Civil Veterinary Dept. Bombay admin report 1907-1913 - 1907-1913
Year: 1907
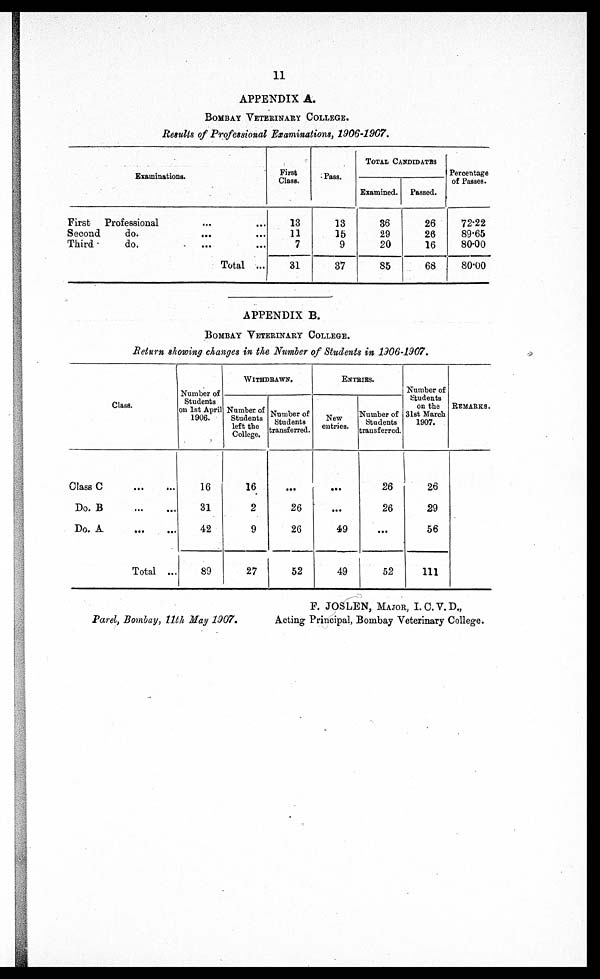
11
APPENDIX A.
BOMBAY VETERINARY COLLEGE.
Results of Professional Examinations, 1906-1907.
Examinations.
First Professional ... ...
Second
do.
...
...
Third
do. ... ...
Total ...
First
Class.
13
11
7
31
Pass.
13
15
9
37
TOTAL CANDIDATES
Examined.
36
29
20
85
Passed.
26
26
16
68
Percentage
of Passes.
72.22
89.65
80.00
80.00
APPENDIX B.
BOMBAY VETERINARY COLLEGE.
Return showing changes in the Number of Students in 1906-1907.
Class.
Class C
...
...
Do. B
...
...
Do. A
...
...
Total ...
Number of
Students
on 1st April
1906.
16
31
42
89
WITHDRAWN.
Number of
Students
left the
College.
16
2
9
27
Number of
Students
transferred.
...
26
26
52
ENTRIES.
New
entries.
...
...
49
49
Number of
Students
transferred.
26
26
...
52
Number of
Students
on the
31st March
1907.
26
29
56
111
REMARKS.
Parel, Bombay, 11th May 1907.
F. JOSLEN, MAJOR, I.C.V.D.,
Acting Principal, Bombay Veterinary College.